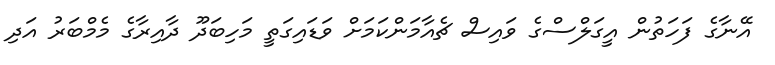
އޭނާގެ ފަހަތުން އީގަލްސްގެ ވައިސް ޗެއާމަންކަމަށް ވަޑައިގަތީ މަހިބަދޫ ދާއިރާގެ މެމްބަރު އަދި